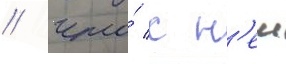
/ что́ с н'еи